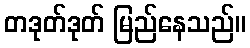
တဒုတ်ဒုတ် မြည်နေသည်။